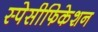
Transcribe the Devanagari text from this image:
स्पेसीफिकेशन